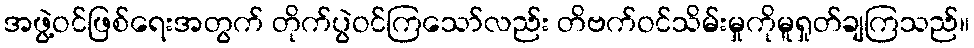
အဖွဲ့ဝင်ဖြစ်ရေးအတွက် တိုက်ပွဲဝင်ကြသော်လည်း တိဗက်ဝင်သိမ်းမှုကိုမူရှုတ်ချကြသည်။